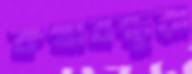
কথাবন্ধুরা